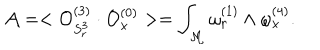
{ \cal A } = < { \cal O } _ { S _ { r } ^ { 3 } } ^ { ( 3 ) } \cdot { \cal O } _ { x } ^ { ( 0 ) } > = \int _ { \cal M } \omega _ { r } ^ { ( 1 ) } \wedge \omega _ { x } ^ { ( 4 ) } .